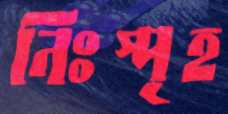
নিঃস্পৃহ